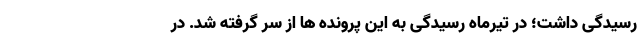
رسیدگی داشت؛ در تیرماه رسیدگی به این پرونده ها از سر گرفته شد. در